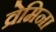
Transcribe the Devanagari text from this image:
व्रेमिना